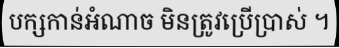
បក្សកាន់អំណាច មិនត្រូវប្រើប្រាស់ ។